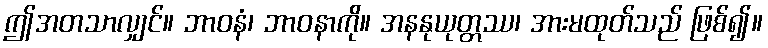
ဤအတသာလျှင်။ ဘာဝနံ၊ ဘာဝနာကို။ အနနုယုတ္တဿ၊ အားမထုတ်သည် ဖြစ်၍။